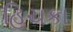
હિચકા